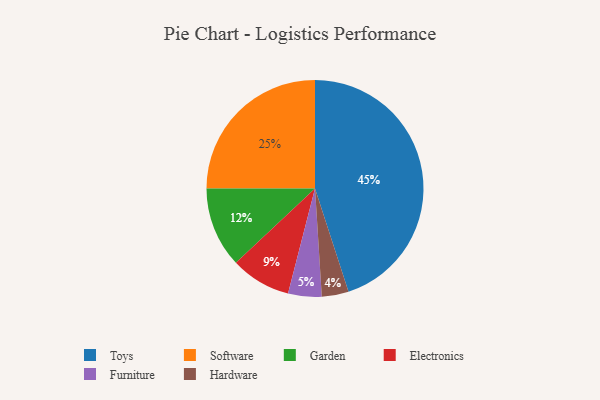
{"axis": {"x": "Category", "y": "Percentage"}, "legend": ["Electronics", "Furniture", "Garden", "Hardware", "Software", "Toys"], "data": [{"x": "Garden", "y": 12, "type": "Garden"}, {"x": "Electronics", "y": 9, "type": "Electronics"}, {"x": "Software", "y": 25, "type": "Software"}, {"x": "Toys", "y": 45, "type": "Toys"}, {"x": "Furniture", "y": 5, "type": "Furniture"}, {"x": "Hardware", "y": 4, "type": "Hardware"}]}